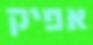
אפיק